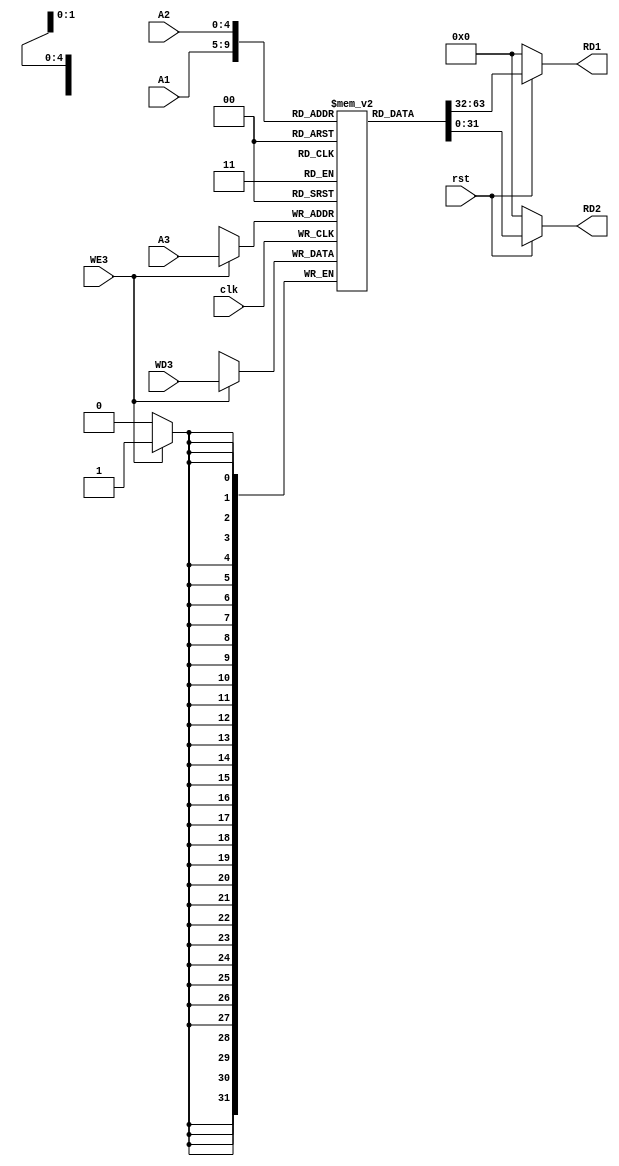


module Register_File(clk,rst,WE3,WD3,A1,A2,A3,RD1,RD2);

    input clk,rst,WE3;
    input [4:0]A1,A2,A3;
    input [31:0]WD3;
    output [31:0]RD1,RD2;

    reg [31:0] Register [31:0];

    always @ (posedge clk)
    begin
        if(WE3)
            Register[A3] <= WD3;
    end

    assign RD1 = (~rst) ? 32'd0 : Register[A1];
    assign RD2 = (~rst) ? 32'd0 : Register[A2];

    initial begin
        Register[5] = 32'h00000005;
        Register[6] = 32'h00000004;
        
    end

endmodule